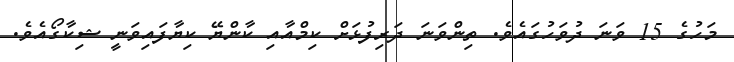
މަހުގެ 15 ވަނަ ދުވަހުގައެވެ. ތިންވަނަ ދަރިފުޅަށް ކިމްއާއި ކާންޔޭ ކިޔާފައިވަނީ ޝިކާގޯއެވެ.